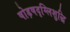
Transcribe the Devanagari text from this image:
षोड़षदृग्लिशुद्धि